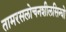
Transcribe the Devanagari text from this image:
तामरसलोचनशीलसिन्धो